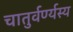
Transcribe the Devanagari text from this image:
चातुर्वर्ण्यस्य